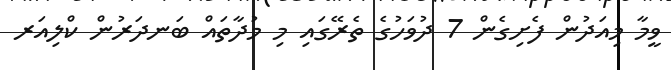
ވީމާ މިއަދުން ފެށިގެން 7 ދުވަހުގެ ތެރޭގައި މި މުދާތައް ބަނދަރުން ކްލިއަރ